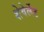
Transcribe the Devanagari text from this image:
शेवेर्लेट